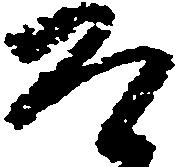
そ